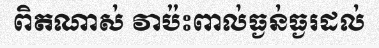
ពិតណាស់ វាប៉ះពាល់ធ្ងន់ធ្ងរដល់